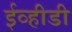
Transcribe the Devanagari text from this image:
ईव्हीडी